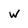
Character: w